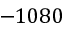
- 1 0 8 0